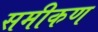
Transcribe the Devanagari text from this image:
समीकण